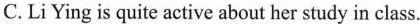
C. Li Ying is quite active about her study in class.